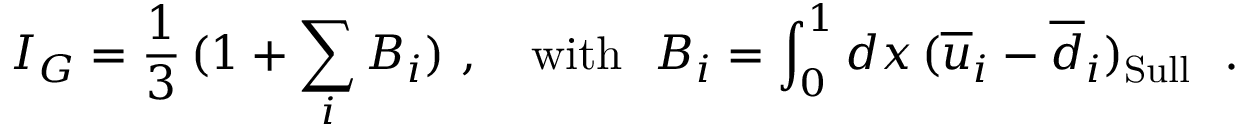
I _ { G } = \frac { 1 } { 3 } \, ( 1 + \sum _ { i } B _ { i } ) \ , \ \ \ \mathrm { w i t h } \ \ B _ { i } = \int _ { 0 } ^ { 1 } d x \, ( \overline { { u } } _ { i } - \overline { { d } } _ { i } ) _ { \mathrm { S u l l } } \ \ .